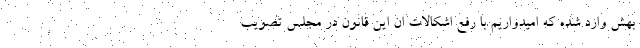
بهش وارد شده که امیدواریم با رفع اشکالات ان این قانون در مجلس تصویب